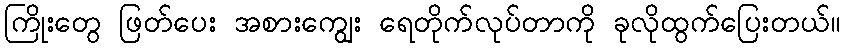
ကြိုးတွေ ဖြတ်ပေး အစားကျွေး ရေတိုက်လုပ်တာကို ခုလိုထွက်ပြေးတယ်။